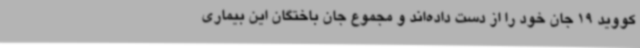
کووید 19 جان خود را از دست داده‌اند و مجموع جان باختگان این بیماری